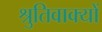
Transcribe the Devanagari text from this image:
श्रुतिवाक्यों